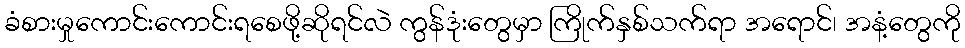
ခံစားမှုကောင်းကောင်းရစေဖို့ဆိုရင်လဲ ကွန်ဒုံးတွေမှာ ကြိုက်နှစ်သက်ရာ အရောင်၊ အနံ့တွေကို